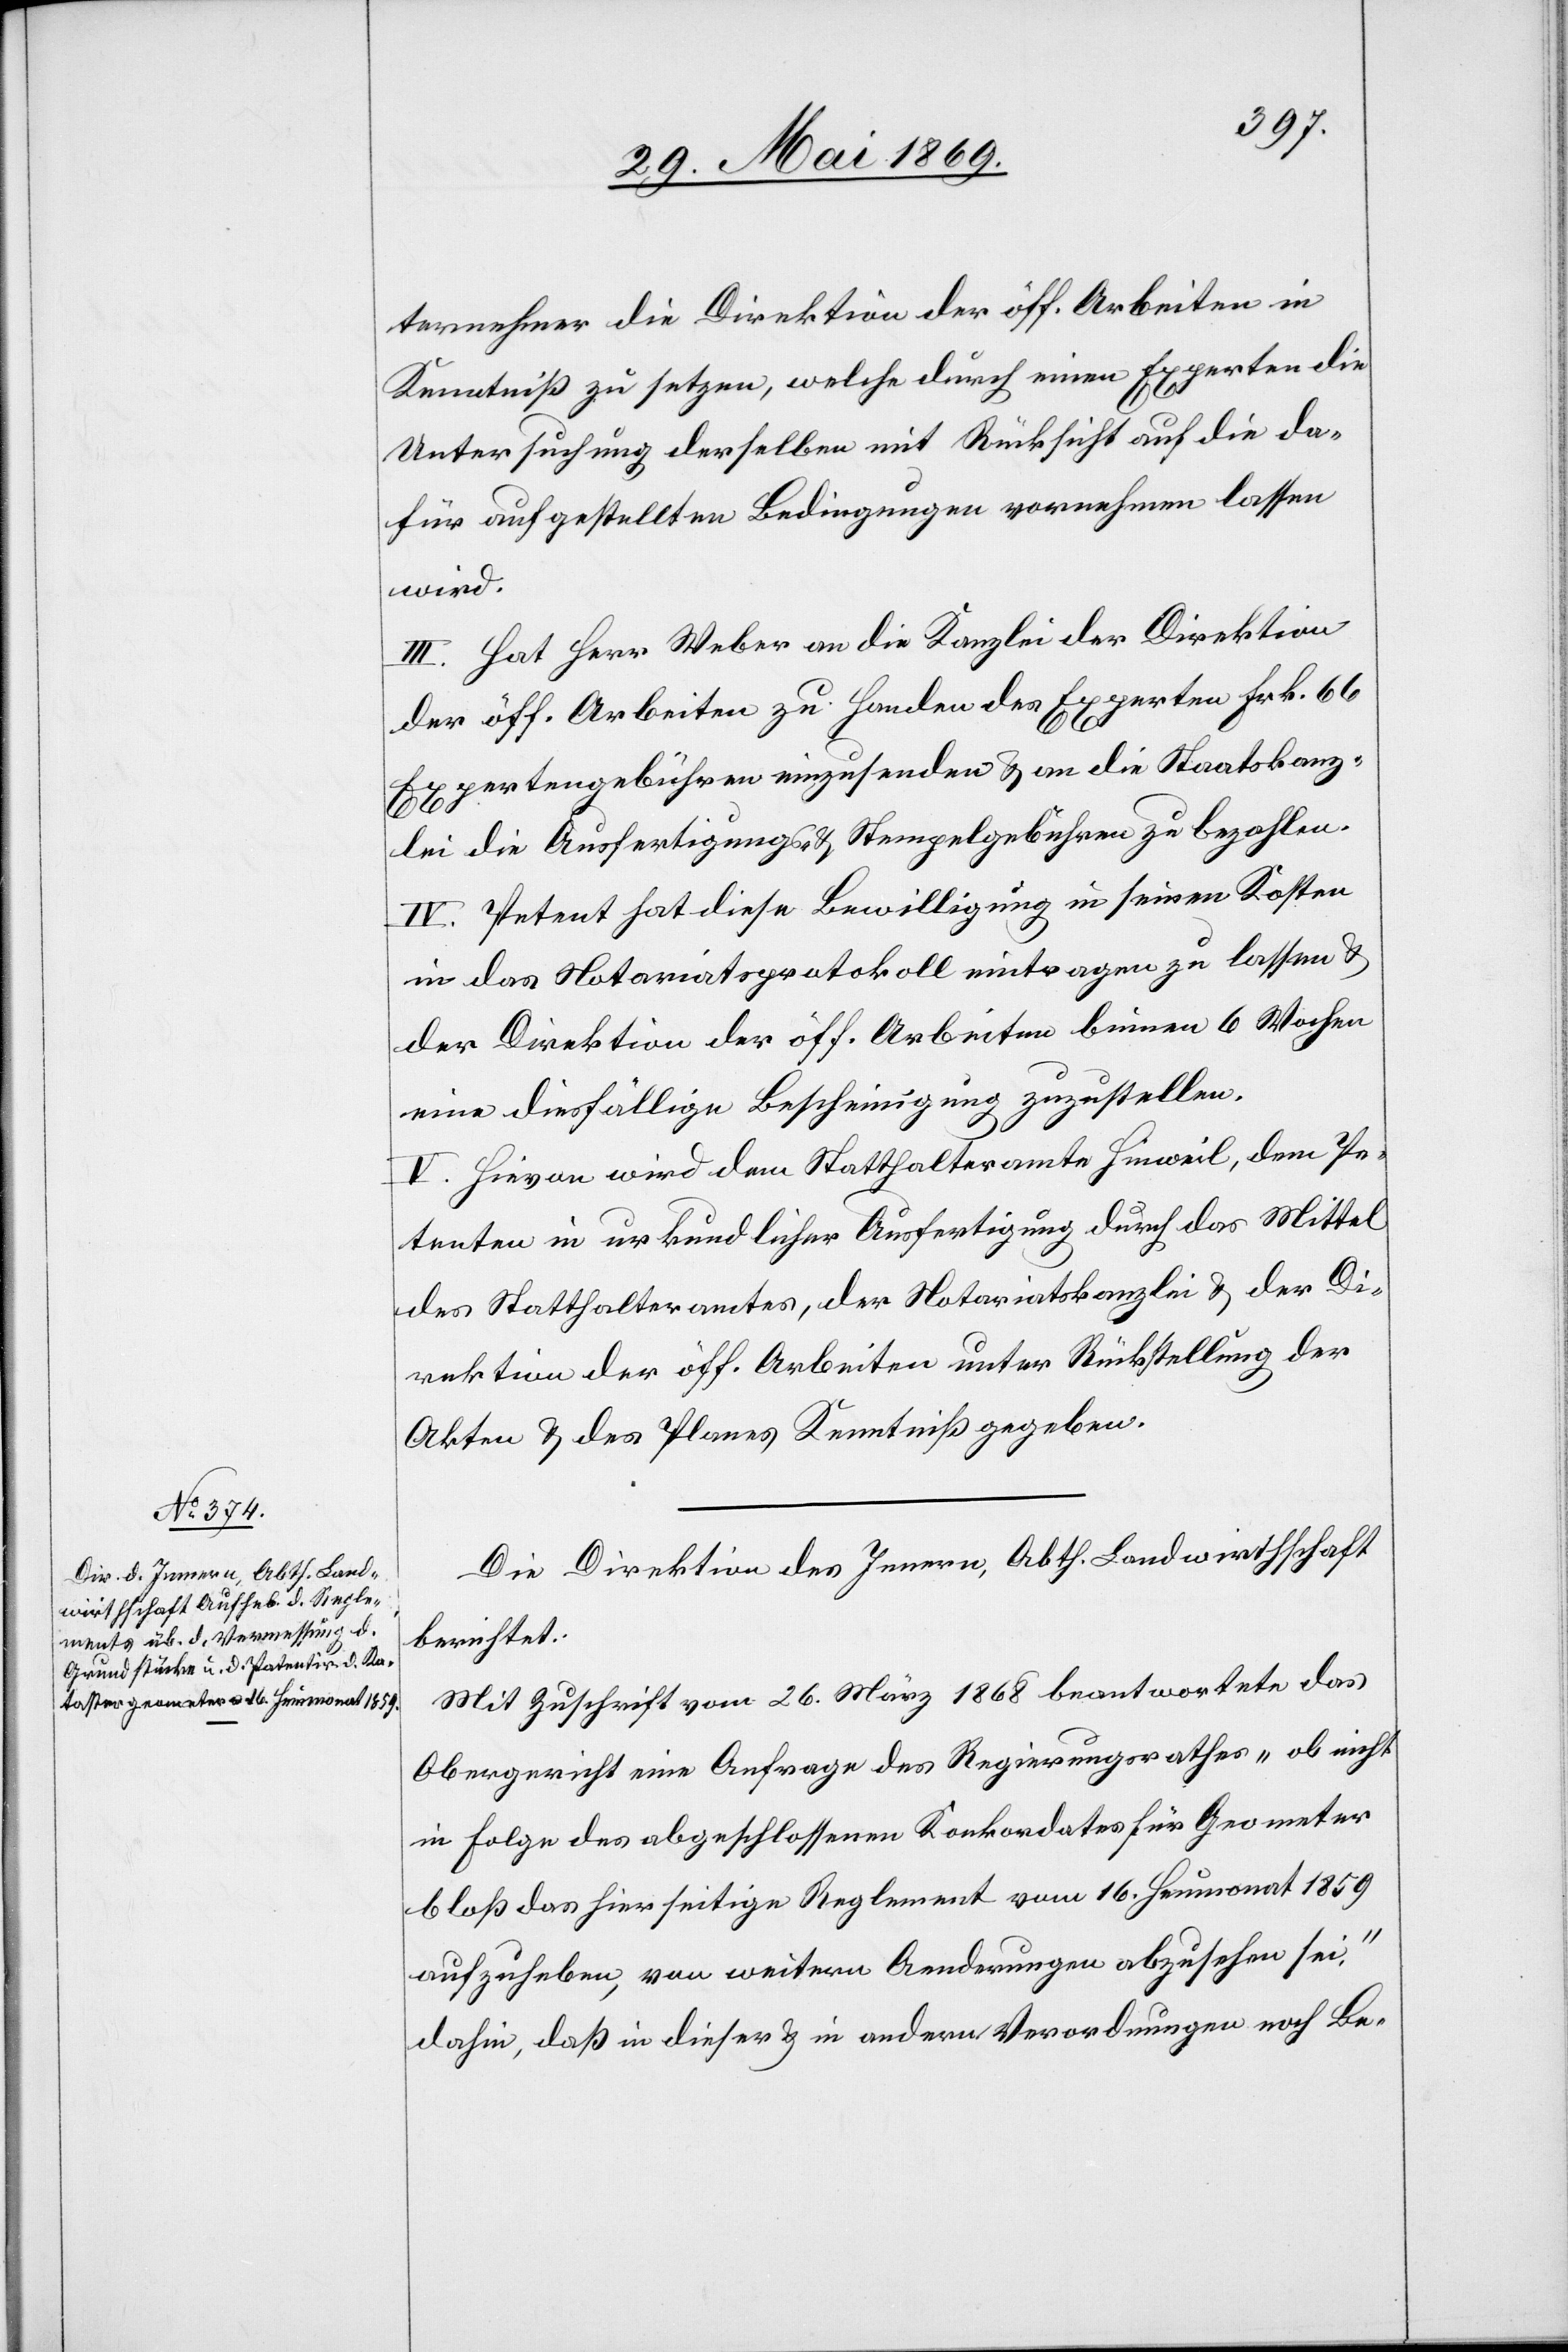
ternehmer die Direktion der öff. Arbeiten in
Kenntniß zu setzen, welche durch einen Experten die
Untersuchung derselben mit Rücksicht auf die da¬
für aufgestellten Bedingungen vornehmen lassen
wird.
III. Hat Herr Weber an die Kanzlei der Direktion
der öff. Arbeiten zu Handen des Experten Frk. 66
Expertengebühren einzusenden u. an die Staatskanz¬
lei die Ausfertigungs- u. Stempelgebühren zu bezahlen.
IV. Petent hat diese Bewilligung in seinen Kosten
in das Notariatsprotokoll eintragen zu lassen u.
der Direktion der öff. Arbeiten binnen 6 Wochen
eine diesfällige Bescheinigung zuzustellen.
V. Hievon wird dem Statthalteramte Hinweil, dem Pe¬
tenten in urkundlicher Ausfertigung durch das Mittel
des Statthalteramtes, der Notariatskanzlei u. der Di¬
rektion der öff. Arbeiten unter Rückstellung der
Akten u. des Planes Kenntniß gegeben.
Die Direktion des Innern, Abth. Landwirthschaft
berichtet:
Mit Zuschrift vom 26. März 1868 beantwortete das
Obergericht eine Anfrage des Regierungsrathes „ob nicht
in Folge des abgeschlossenen Konkordates für Geometer
bloß das hierseitige Reglement vom 16. Heumonat 1859
aufzuheben, von weitern Aenderungen abzusehen sei,“
dahin, daß in dieser u. in andern Verordnungen noch Be-